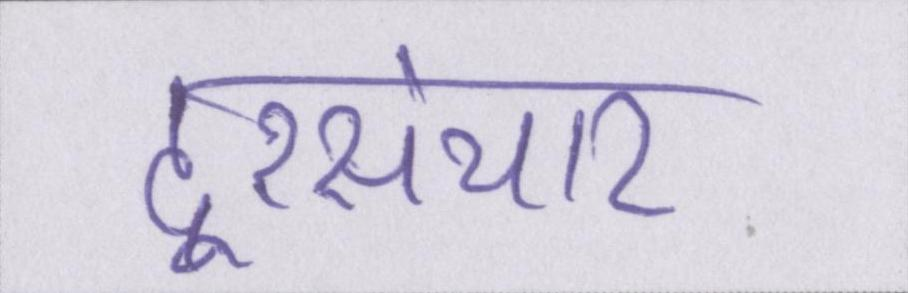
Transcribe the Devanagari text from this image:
दूरसंचार